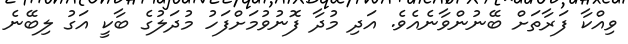
ވިއްކާ ފަރާތަށް ބޭނުންވާނެއެވެ. އަދި މުދާ ފޮނުވުމަށްފަހު މުދަލުގެ ބާކީ އަގު ލިބޭނެ